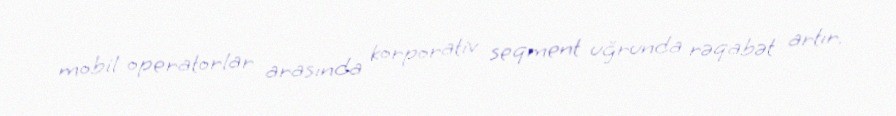
mobil operatorlar arasında korporativ seqment uğrunda rəqabət artır.